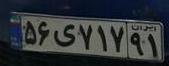
۵۶ی۷۱۷۹۱